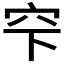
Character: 𥤲